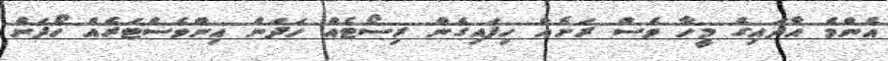
އެންމެ އާދައިގެ މީހާ ވެސް ރަށެއް ހިފައިގެން ރިސޯޓެއް ހަދަން އިންވެސްޓަރެއް ހޯދަން